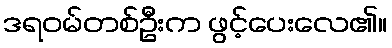
ဒရဝမ်တစ်ဦးက ဖွင့်ပေးလေ၏။